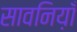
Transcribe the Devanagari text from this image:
सावनिय़ाँ